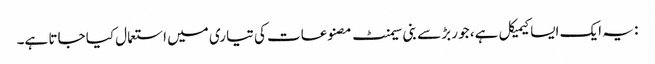
: یہ ایک ایسا کیمیکل ہے، جو ربڑ سے بنی سیمنٹ مصنوعات کی تیاری میں استعمال کیا جاتا ہے۔